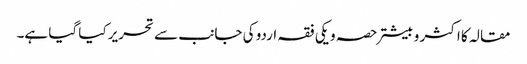
مقالہ کا اکثر و بیشتر حصہ ویکی فقہ اردو کی جانب سے تحریر کیا گیا ہے۔